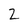
Character: Z